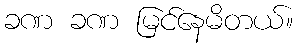
ခဏ ခဏ မြင်နေမိတယ်။